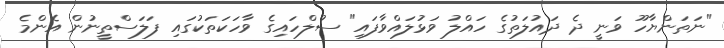
"ނަތަންޔާހޫ ވަނީ ދެ ދައުލަތުގެ ހައްލު ވަޅުލައްވާފައި" ސުލްހައިގެ ވާހަކަތަކުގައި ފަލަސްތީނުން އެންމެ